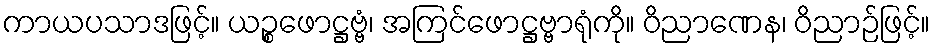
ကာယပသာဒဖြင့်။ ယဉ္စဖောဋ္ဌဗ္ဗံ၊ အကြင်ဖောဋ္ဌဗ္ဗာရုံကို။ ဝိညာဏေန၊ ဝိညာဉ်ဖြင့်။